Statistical return of the lunatic asylum in Assam - 1912-1932
Year: 1912
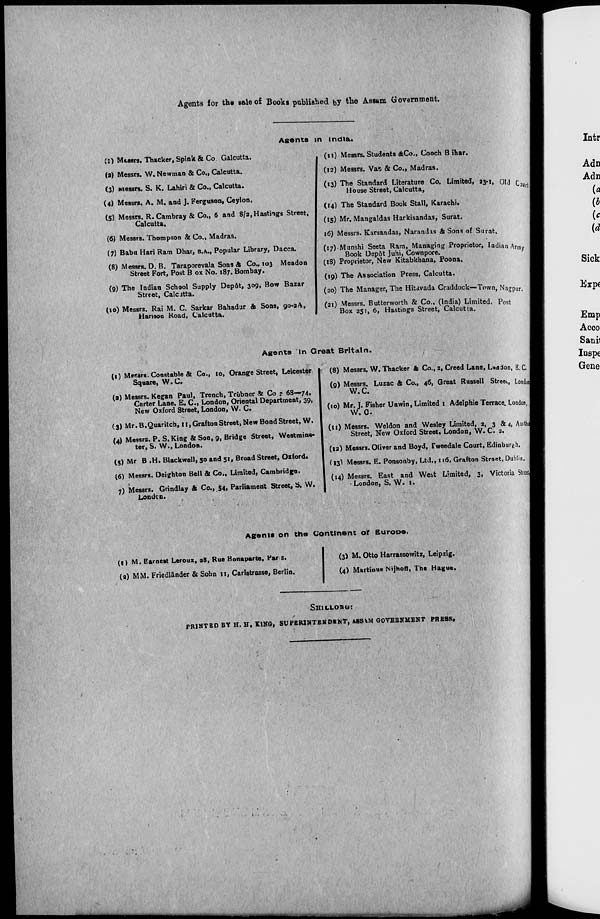
Agents for the sale of Books published by the Assam Government.
(:) Messrs. Thacker, Spink & Co Calcutta.
(a) Messrs. W. Newman & Co., Calcutta.
(3) Messrs. S. K. Lahiri & Co., Calcutta.
(4) Messrs. A. M. and J. Ferguson, Ceylon.
(5) Messrs. R. Cambray & Co., 6 and 8/2, Hastings Street,
Calcutta,
(6) Messrs. Thompson & Co., Madras.
(7) Babu Hari Ram Dhar, B.A., Popular Library, Dacca.
(8) Messrs. D. B. Taraporevala Sons & Co., 103 Meadon
Street Fort, Post B ox No. 187. Bombay.
(0) The Indian School Supply Depot, 309, Bow Bazar
Street, Calcjtta.
(io) Messrs. Rai M. C. Sarkar Bahadur & Sons, 9o-3.\,
Hanson Road, Calcutta.
Agents in India.
(11) Messrs. Students &Co., Cooch B ihar.
(12) Messrs. Vas & Co., Madras.
(13) The Standard Literature Co. Limited, 23-1, Old
House Street, Calcutta,
(14) The Standard Book Stall, Karachi.
(15) Mr. Mangaldas Harkisandas, Surat.
16) Messrs. Karsandas, Narandis & Sons of Surat.
(17) Munshi Seeta Ram, Managing Proprietor, Indian Ar
'Mrfl
Book Dep6t Juhi, Cownpore
(18) Proprietor, New Kitabkhana, Poona.
my
(19) The Association Press, Calcutta.
(20) The Manager, The Hitavada Craddock— Town, Na-rpur.
(21) Messrs. Butterworth & Co., (India) Limited, Post
Box 251, 6, Hastings Street, Calcutta.
Agents In Great Britain.
(0 Mcsrs. Constable & Co., lo, Orange Street, Leicester
Square, W.C.
(a) Messrs. Kegan Paul, Trench, Trubner & Co r 68—74,
Carter Lane, E. C., London, Oriental Department, 39,
New Oxford Street, London, W. C.
(3) Mr.B.Quaritch, 11, Graf ton Street, New Bond Street, W.
(4) Messrs. P. S.King & Son, 9, Bridge Street, Westmins-
ter, S. W., London.
(5) Mr B .H. Blackwell, 50 and 51, Broad Street, Oxford.
(6) Messrs. Deighton Bell & Co., Limited, Cambridge.
7) Messrs. Grindlay & Co., 54, Parliament Street, S. W.
Lonikn.
(8) Messrs. W. Thacker & Co., 2, Creed Lane, Lon Jon, E. C.
(9) Messrs. Luzac & Co., 46, Great Russell Street., Londotu
W.C.
(10) Mr. J. Fisher Unwin, Limited 1 Adelphie Terrace London,'
W.C.
(11) Messrs. Weldon and Wesley Limited, 2, 3 & 4, Auithuj
Street, New Oxford Street, London, W. C. 2.
(12) Messrs. Oliver and Boyd, Tweedale Court, Edinburgh.
(13> Messrs. E. Ponsonby, Ltd., 116, Grafton Straet, Dublin,
(14) Messrs. East and West Limited, 3, Victoria StteetJ
' London, S. W. 1.
Agents on tha Continent of Europe.
(1) M. Earnest Leroux, 28, Rue Bonaparte, Far s.
(2) MM. Friedlander & Sobn 11, Carlstrasse, Berlin.
(3) M. Otto Harrassowitz, Leipzig.
(4) Martinus Nijhoff, The Hague.
SHILLONG:
PRINTED BY H. H, KING, SUPERINTENDENT, ASSVM GOVERNMENT PRESS*